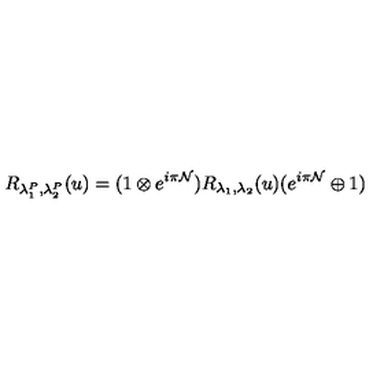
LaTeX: R _ { \lambda _ { 1 } ^ { P } , \lambda _ { 2 } ^ { P } } ( u ) = ( 1 \otimes e ^ { i \pi { \cal N } } ) R _ { \lambda _ { 1 } , \lambda _ { 2 } } ( u ) ( e ^ { i \pi { \cal N } } \oplus 1 )